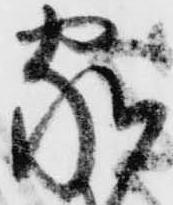
家